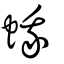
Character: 蛾